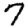
Digit: 7